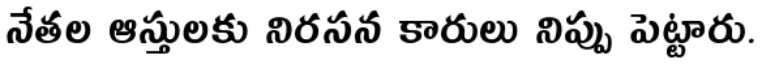
నేతల ఆస్తులకు నిరసన కారులు నిప్పు పెట్టారు.